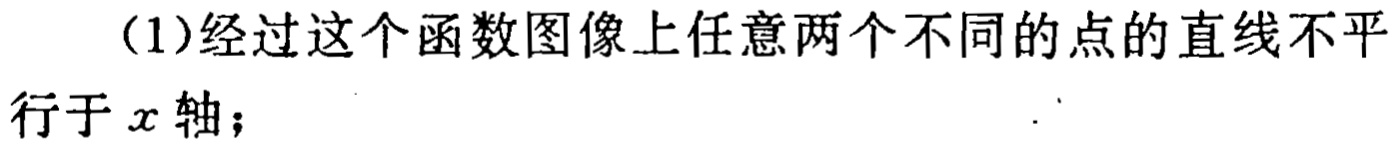
(1)经过这个函数图像上任意两个不同的点的直线不平行于\(x\)轴；